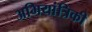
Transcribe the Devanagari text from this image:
अभियांत्रिकी